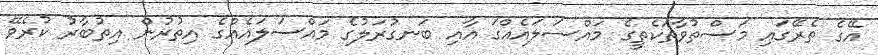
އޭގެ ތެރޭގައި މަސްތުވާތަކެތީގެ މައްސަލައެއްގަ އާއި ބަނގުރަލުގެ މައްސަލައެއްގެ އިތުރުން އިތުބާރު ކުރެވޭ